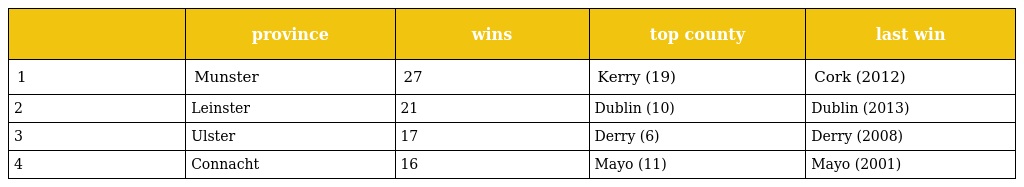
|  | province | wins | top county | last win |
 | --- | --- | --- | --- | --- |
 | 1 | Munster | 27 | Kerry (19) | Cork (2012) |
 | 2 | Leinster | 21 | Dublin (10) | Dublin (2013) |
 | 3 | Ulster | 17 | Derry (6) | Derry (2008) |
 | 4 | Connacht | 16 | Mayo (11) | Mayo (2001) |